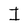
Character: I